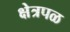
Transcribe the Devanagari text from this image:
क्षेत्रपळ